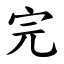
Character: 完